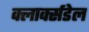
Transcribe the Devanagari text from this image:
क्लार्क्सडेल